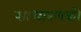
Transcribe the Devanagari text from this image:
साधारणको